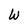
Character: W